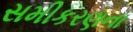
સમીકરણના